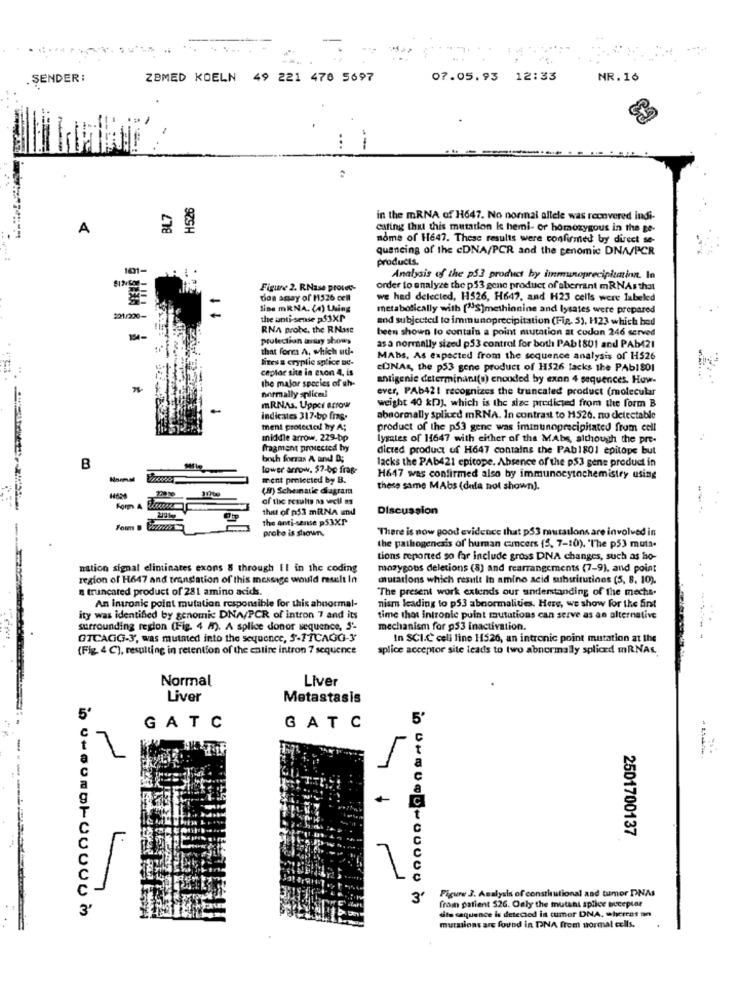
..
....
. SENDER :
ZBMED KOELN 49 221 476 5697
07.05.93 12:33
NR. 16
---
BL7
in the mRNA of H647. No nonnai allele was recovered indi-
A
SZSH
eating that this mutation k hemi- or homozygous in the ge-
nome of 11647. These results were confirmed by direct se-
quencing of the cDNA/PCR and the genomic DNA/PCR
products.
101-
Analysis of the p53 product by immunopreciplutin. lo
Figure 2. RNase prove-
order to analyze the p53 gene product of aberrant mRNAs that
dos agay of 1526 cell
we had delected, 11526, H647, and H23 cells were labeled
=
line mRNA. (4) Ling
metabolically with ["S]methionine and lysates were prepared
201/200-
the anti-sense p$1XP
and subjected to immunoprecipitation (Fig. 5), 123 which bed
RNA probe, the RNase
been shown to contain a point mutation at codon 246 served
13-
protection aisuy shows
that form A, which ud-
as a normally sized p53 control for both PAb 1801 and PAb421
lites a cryptic splice ne-
MAbs, As expected from the sequence analysis of H526
ceplar site in exon 4, is
CONAS, the p53 gene product of H526 lacks the PAbISOI
***** .
the major species of ah-
antigenie determinant(s) enouded by exon 4 sequences. How-
normally splica!
ever, PAb421 recognizes the truncated product (molecular
mRNAs. Uppci scrow
weight 40 kDJ, which is the siac predicted from the form B
indicates 317-bp frag.
abnormally spliced mRNA. In contrast to 1526. no detectable
ment protected by A;
product of the p53 gene was iminunoprecipitated from cell
middle arrow. 229-bp
lysates of 11647 with either of the MAbs, although the pre-
fragment protected by
dicted product of H647 contains the PAb1801 epitope but
both forras A and D;
lacks the PAb421 epicope. Absence of the p53 gene product in
B
lower arrow. $7-bp frag-
Normal
ment protected by B.
H647 was confirmed also by immunocytochemistry using
(A) Scheinatie diagram
these same MAbs (dnia not shown].
of the results as well as
Fom A
that of p53 mRNA und
Discussion
the anti-sense ps3XP
Form B
proto is shown.
There is now good evidence that p53 mutatlons are involved in
the pathogenesis of human cancers (5, 7-10). "The p53 muta.
tions reported so far include gross DNA changes, such as ho-
nation signal eliminates exons & through Il in the coding
mozygous deletions (8) and rearrangements (7-9), and point
region of H647 and translation of this message would result In
mutations which result In amino acid subsrirutinos (5, 8, 10).
a truncated product of 281 amino acids.
The present work extends our understanding of the mechs.
An intonic point mutation responsible for this abnormal-
nism leading to p53 abnormalities. Hers, we show for the Sint
ity was identified by genomic DNA/PCR of intron 7 and its
time that intronie point mutations can serve as an alternative
surrounding region (Fig. 4 A). A splice donor sequence, S'-
mechanism for p53 inactivation.
OTCAGG-3, was mutated into the sequence, 5-77CAGG-3
In SCI.C celi line 11526, an intronic point mutation at the
(Fig. 4 ℃), resulting in retention of the entire intron 7 sequence
splice acceptor site leads to two abnormally spliced mRNAs.
Normal
Liver
Liver
Metastasis
5'
5'
GATC
GATC
4
2501700137
Figure 3. Analysis of constitutional and tumor DNAs
3'
from patient 526. Only the mutant splice necepter
sito sequence is detected is tumor DNA, whereas an
mutations are found in DNA frem normal cells.